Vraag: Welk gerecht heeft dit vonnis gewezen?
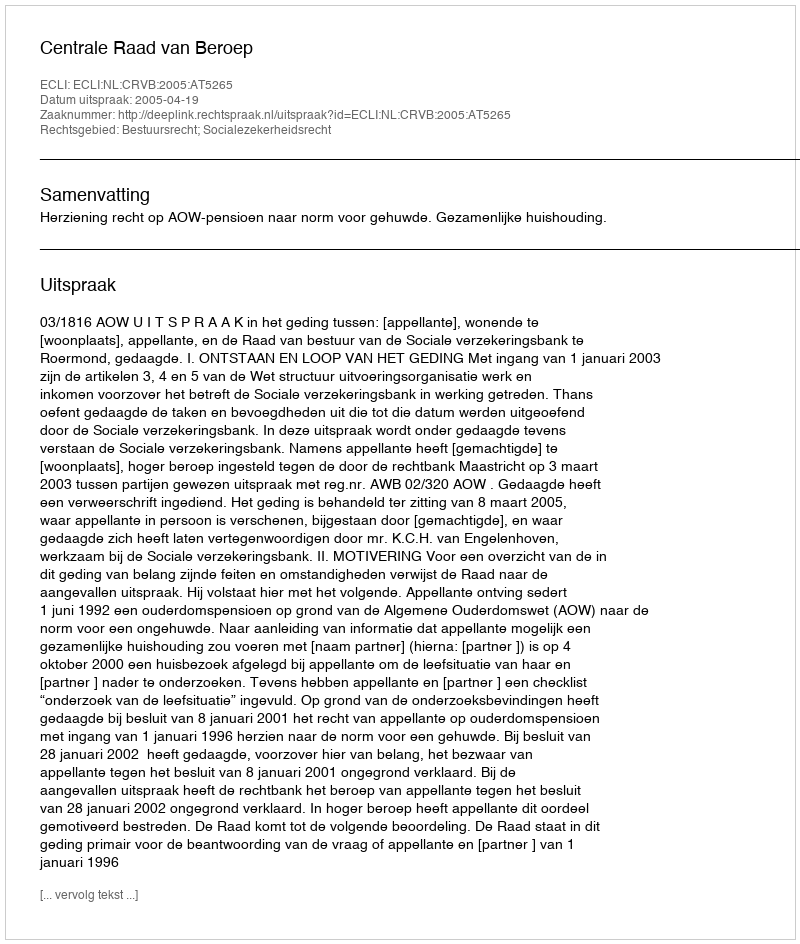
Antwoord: Centrale Raad van Beroep